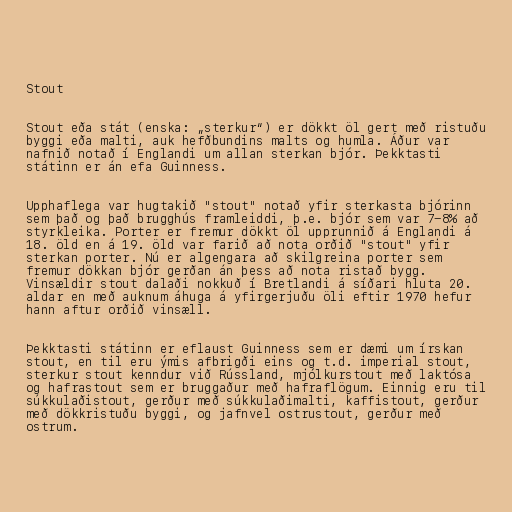
Stout

Stout eða stát (enska: „sterkur“) er dökkt öl gert með ristuðu
byggi eða malti, auk hefðbundins malts og humla. Áður var
nafnið notað í Englandi um allan sterkan bjór. Þekktasti
státinn er án efa Guinness.

Upphaflega var hugtakið "stout" notað yfir sterkasta bjórinn
sem það og það brugghús framleiddi, þ.e. bjór sem var 7-8% að
styrkleika. Porter er fremur dökkt öl upprunnið á Englandi á
18. öld en á 19. öld var farið að nota orðið "stout" yfir
sterkan porter. Nú er algengara að skilgreina porter sem
fremur dökkan bjór gerðan án þess að nota ristað bygg.
Vinsældir stout dalaði nokkuð í Bretlandi á síðari hluta 20.
aldar en með auknum áhuga á yfirgerjuðu öli eftir 1970 hefur
hann aftur orðið vinsæll.

Þekktasti státinn er eflaust Guinness sem er dæmi um írskan
stout, en til eru ýmis afbrigði eins og t.d. imperial stout,
sterkur stout kenndur við Rússland, mjólkurstout með laktósa
og hafrastout sem er bruggaður með hafraflögum. Einnig eru til
súkkulaðistout, gerður með súkkulaðimalti, kaffistout, gerður
með dökkristuðu byggi, og jafnvel ostrustout, gerður með
ostrum.